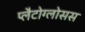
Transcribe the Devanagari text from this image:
प्लैटोग्लोसस